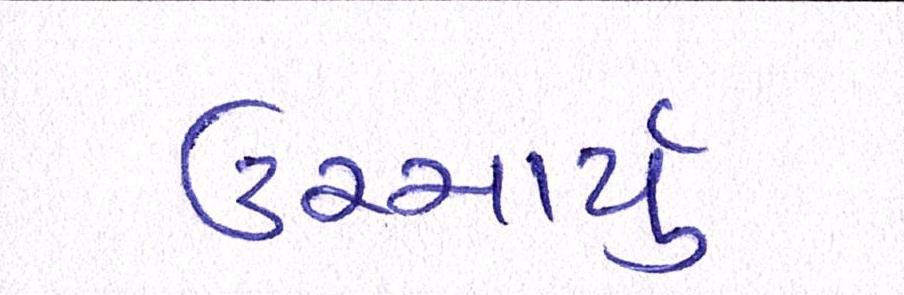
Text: ઉચ્ચાર્યું